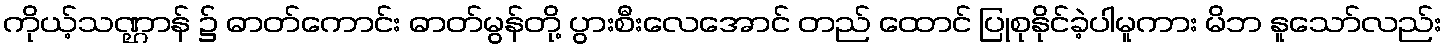
ကိုယ့်သဏ္ဌာန် ၌ ဓာတ်ကောင်း ဓာတ်မွန်တို့ ပွားစီးလေအောင် တည် ထောင် ပြုစုနိုင်ခဲ့ပါမူကား မိဘ နူသော်လည်း